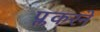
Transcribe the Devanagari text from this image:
प्लकरने